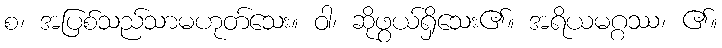
စ၊ အပြစ်သည်သာမဟုတ်သေး။ ဝါ၊ ဆိုဖွယ်ရှိသေး၏။ အရိယမဂ္ဂဿ၊ ၏။